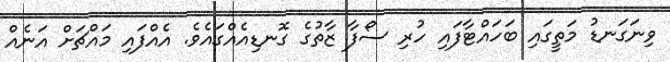
ވިނަގަނޑު މަތީގައި ބަހައްޓާފައި ހުރި ސޯފާ ޒާތުގެ ގޮނޑިއެއްގައެވެ. އެއްފައި މައްޗަށް އަނެއް